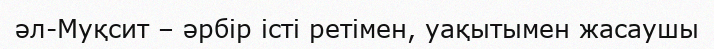
әл-Муқсит – әрбір істі ретімен, уақытымен жасаушы